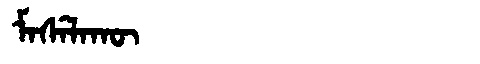
Manchu: ᠮᠠᠰᡝᠯᠠᡴᡡ
Romanization: MASELAKŪ